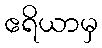
ဧရိယာမှ